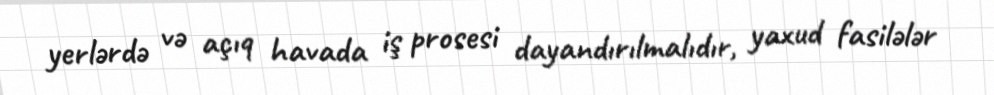
yerlərdə və açıq havada iş prosesi dayandırılmalıdır, yaxud fasilələr